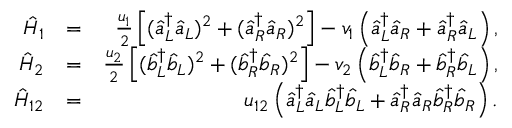
\begin{array} { r l r } { \hat { H } _ { 1 } } & { = } & { \frac { u _ { 1 } } { 2 } \left[ ( \hat { a } _ { L } ^ { \dagger } \hat { a } _ { L } ) ^ { 2 } + ( \hat { a } _ { R } ^ { \dagger } \hat { a } _ { R } ) ^ { 2 } \right] - v _ { 1 } \left( \hat { a } _ { L } ^ { \dagger } \hat { a } _ { R } + \hat { a } _ { R } ^ { \dagger } \hat { a } _ { L } \right) , } \\ { \hat { H } _ { 2 } } & { = } & { \frac { u _ { 2 } } { 2 } \left[ ( \hat { b } _ { L } ^ { \dagger } \hat { b } _ { L } ) ^ { 2 } + ( \hat { b } _ { R } ^ { \dagger } \hat { b } _ { R } ) ^ { 2 } \right] - v _ { 2 } \left( \hat { b } _ { L } ^ { \dagger } \hat { b } _ { R } + \hat { b } _ { R } ^ { \dagger } \hat { b } _ { L } \right) , } \\ { \hat { H } _ { 1 2 } } & { = } & { u _ { 1 2 } \left( \hat { a } _ { L } ^ { \dagger } \hat { a } _ { L } \hat { b } _ { L } ^ { \dagger } \hat { b } _ { L } + \hat { a } _ { R } ^ { \dagger } \hat { a } _ { R } \hat { b } _ { R } ^ { \dagger } \hat { b } _ { R } \right) . } \end{array}